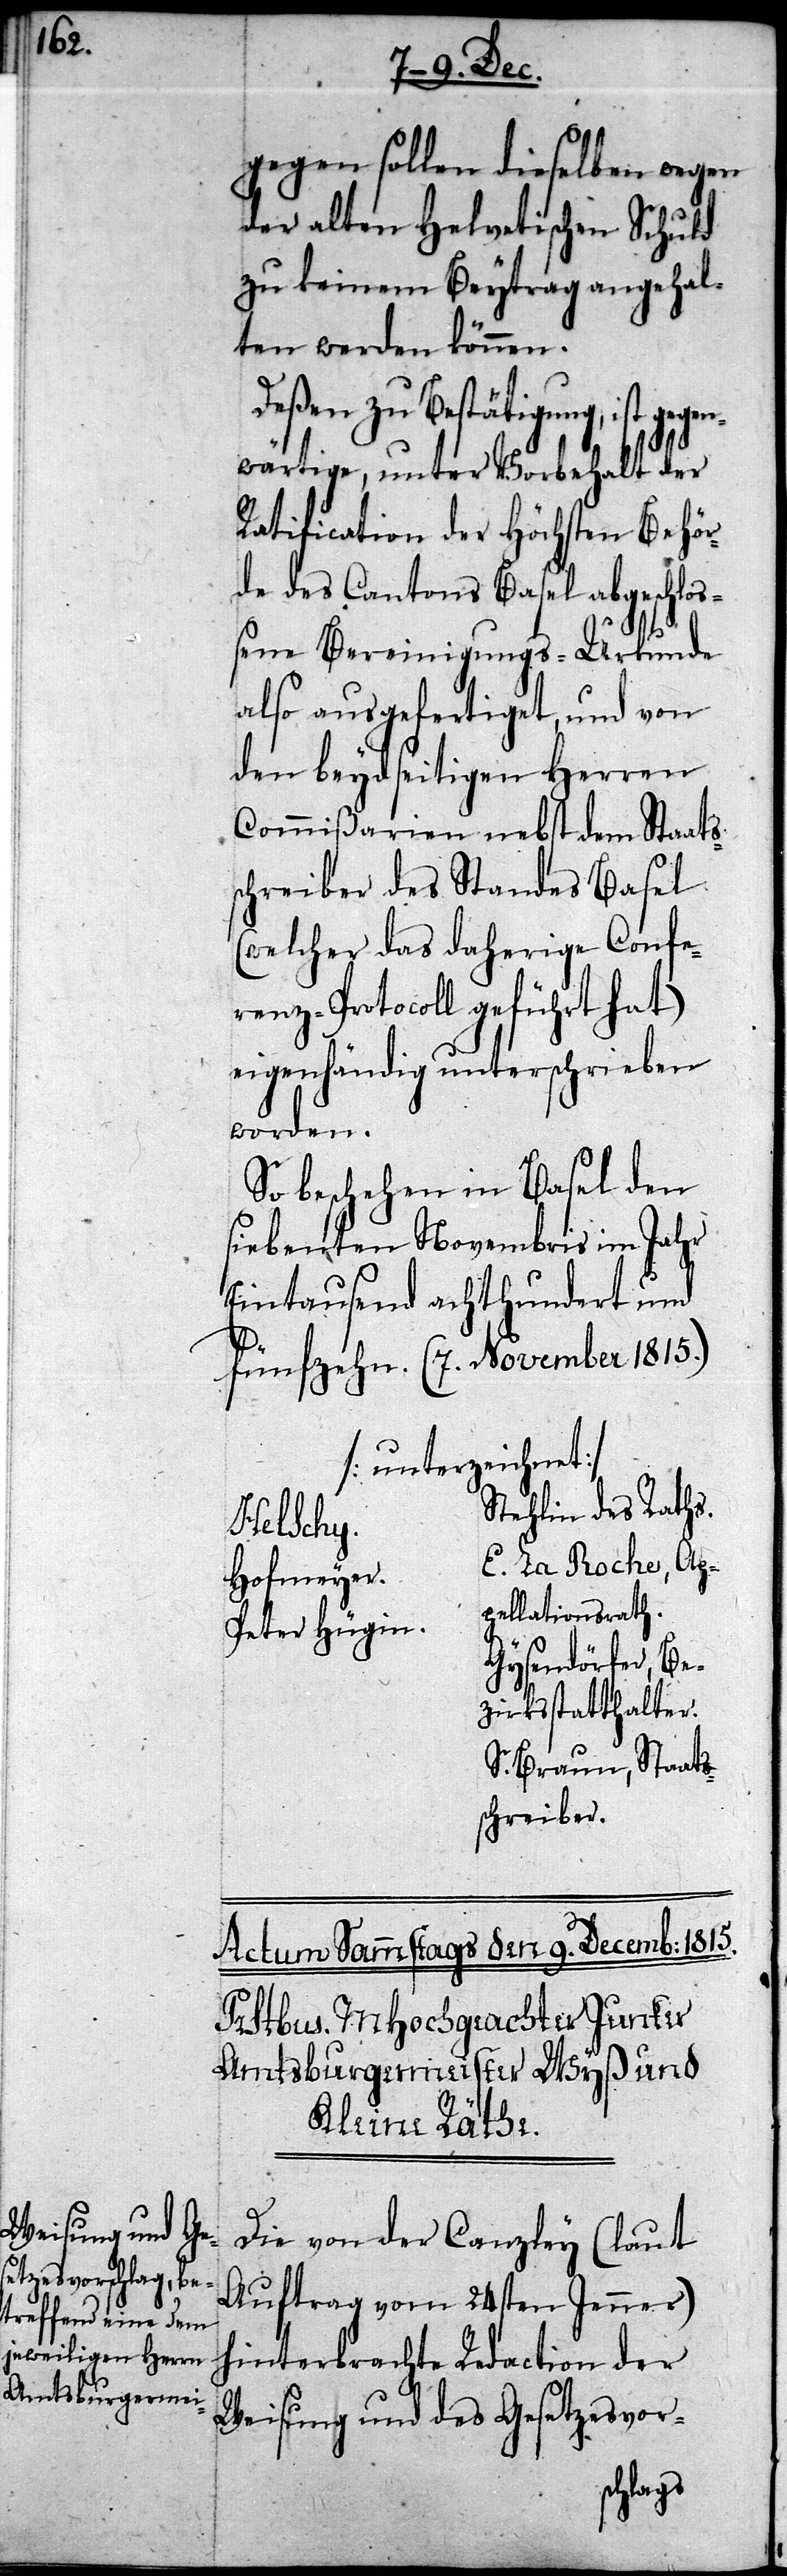
s¬

gegen sollen dieselben wegen
der alten Helvetischen Schuld
zu keinem Beytrag angehal¬
ten werden können.
Deßen zu Bestätigung, ist gegen¬
wärtige, unter Vorbehalt der
Ratification der Höchsten Behör¬
de des Cantons Basel abgeschloß¬
ene Vereinigungs-Urkunde
also ausgefertiget, und von
den beydseitigen Herren
Commißarien nebst dem Staats¬
chreiber des Standes Basel
(welcher das daherige Confe¬
renz-Protocoll geführt hat)
eigenhändig unterschrieben
worden.
So beschehen in Basel den
siebenten Novembris im Jahr
Eintausend achthundert und
fünfzehn. (7. November 1815.)
(unterzeichnet)
tehlin des Raths.
r.	E. La Roche, Ap¬
Hofmeye¬
pellationsrath.
Peter Hügin.	G¬
ysendörfer, Be¬
zirksstatthalter.
S. Braun, Staats¬
schreiber.
Die von der Canzley (laut
Auftrag vom 24sten Jenner)
hinterbrachte Redaction der
Weisung und des Gesetzesvor-